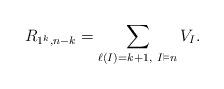
LaTeX: \begin{align*}R_{1^k,n-k}=\sum_{\ell(I)=k+1,\ I\vDash n}V_I.\end{align*}